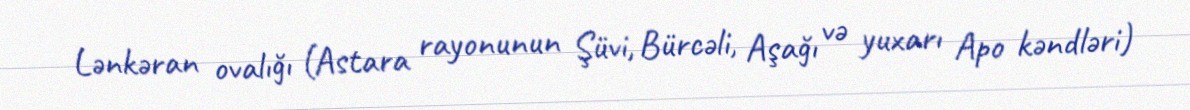
Lənkəran ovalığı (Astara rayonunun Şüvi, Bürcəli, Aşağı və yuxarı Apo kəndləri)